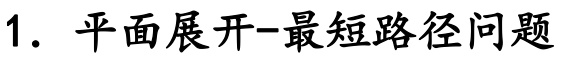
1. 平面展开--最短路径问题